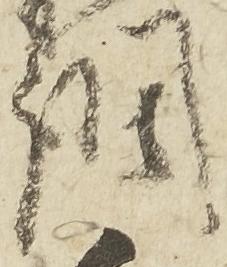
調